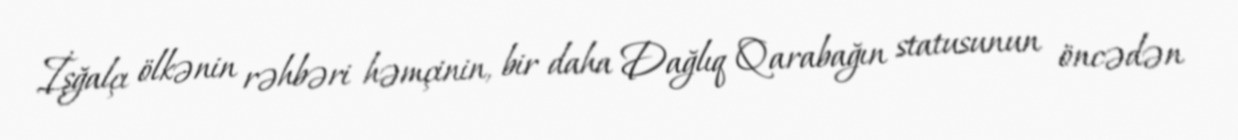
İşğalçı ölkənin rəhbəri həmçinin, bir daha Dağlıq Qarabağın statusunun öncədən